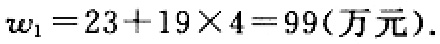
\(w_{1}=23 + 19\times4 = 99(\text{万元}).\)